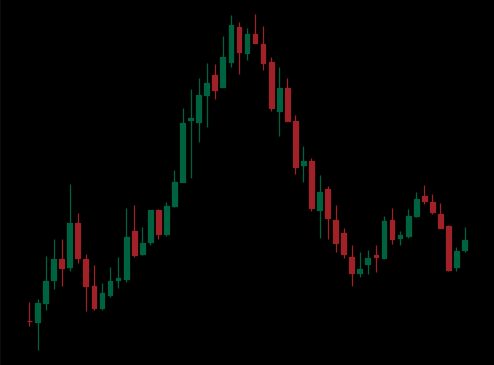
Pattern: head_shoulders